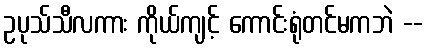
ဥပုသ်သီလကား ကိုယ်ကျင့် ကောင်းရုံတင်မကဘဲ --